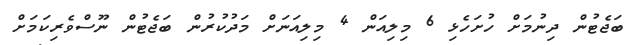
ބަޖެޓުން ދިނުމަށް ހުށަހެޅި 6 މިލިއަން 4 މިލިއަނަށް މަދުކުރުން ބަޖެޓުން ނޫސްވެރިކަމަށް